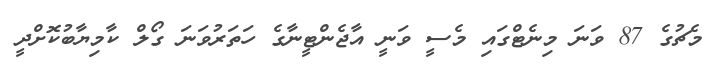
މެޗުގެ 87 ވަނަ މިނެޓްގައި މެސީ ވަނީ އާޖެންޓީނާގެ ހަތަރުވަނަ ގޯލް ކާމިޔާބުކޮށްދީ